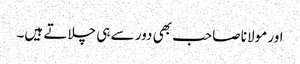
اور مولانا صاحب بھی دور سے ہی چلاتے ہیں۔